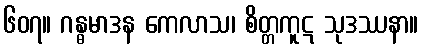
၆၀၇။ ဂန္ဓမာဒန ကေလာသ၊ စိတ္တကူဋ သုဒဿနာ။